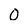
Character: 0